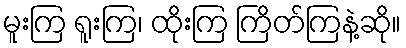
မူးကြ ရူးကြ၊ ထိုးကြ ကြိတ်ကြနဲ့ဆို။